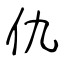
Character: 仇